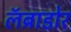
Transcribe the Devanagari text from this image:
लॅब्राडोर